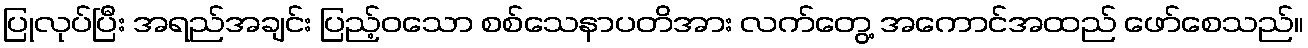
ပြုလုပ်ပြီး အရည်အချင်း ပြည့်ဝသော စစ်သေနာပတိအား လက်တွေ့ အကောင်အထည် ဖော်စေသည်။